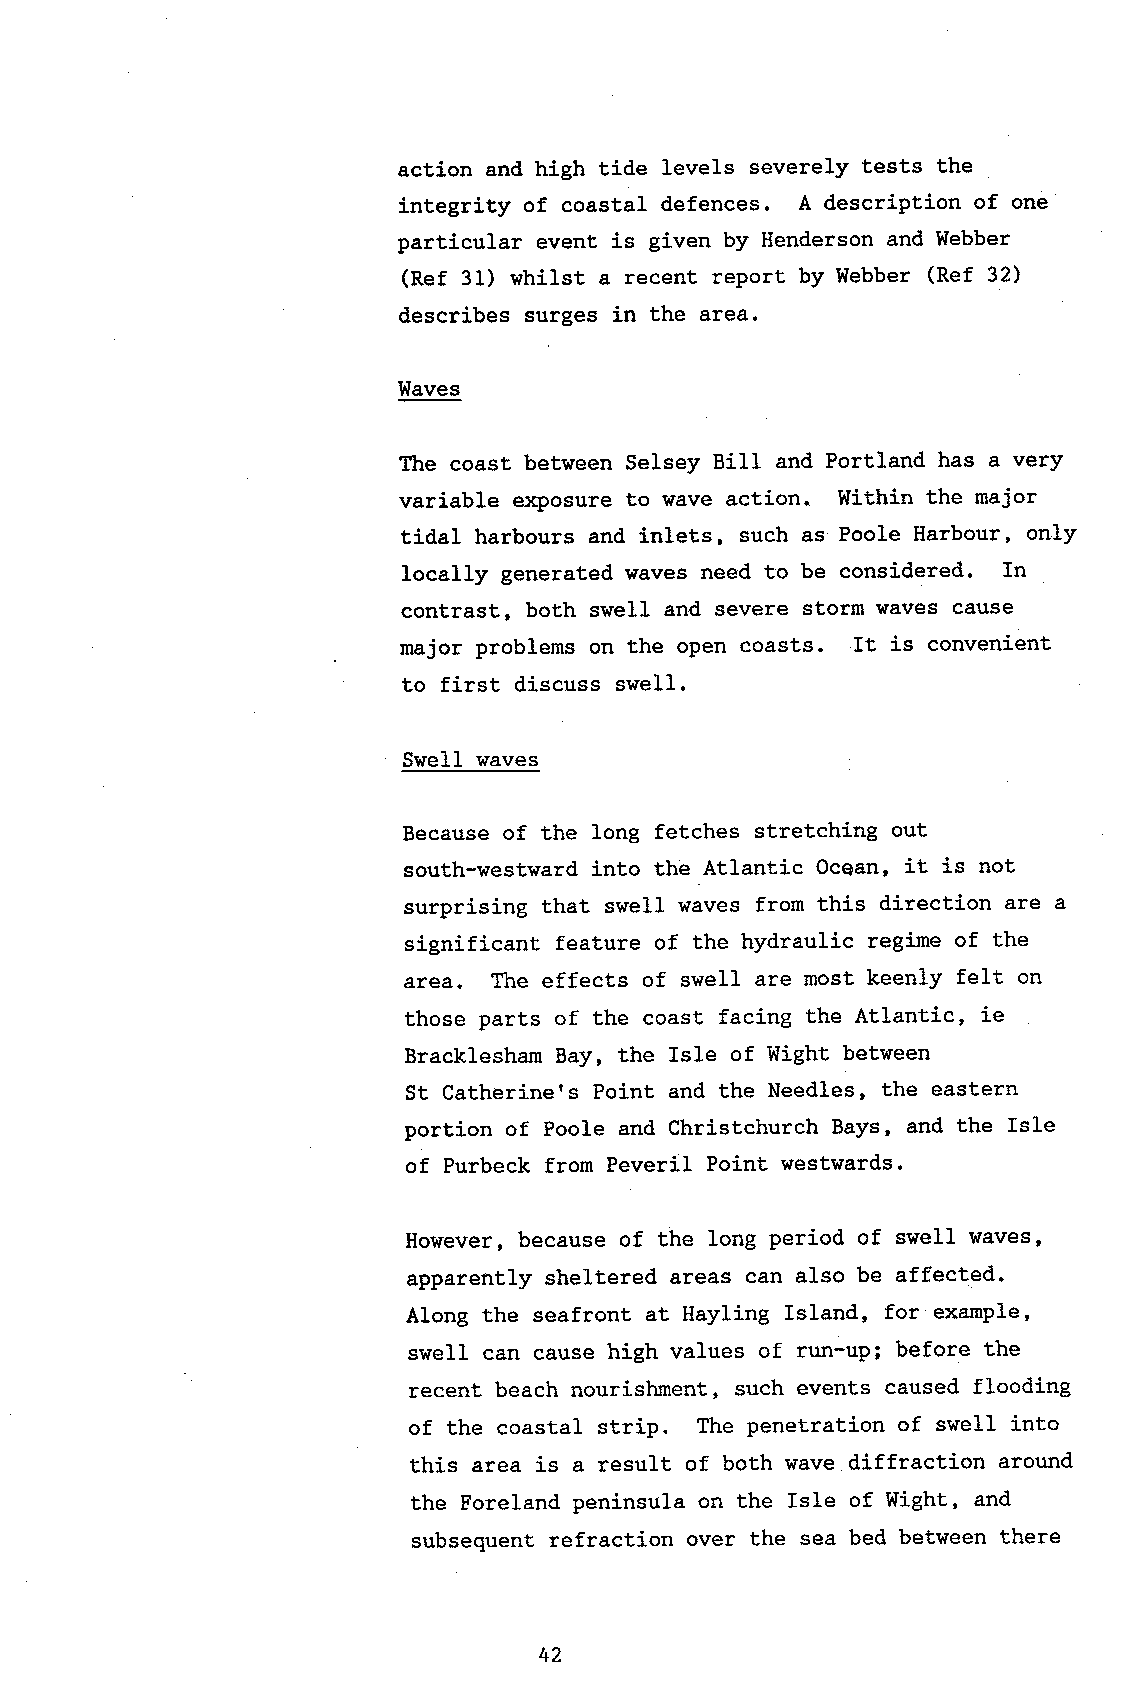
action and high tide leve1s severely tests the
 integrity of coastal defences. A description of one
 particular event is given by Henderson and Webber
 (Ref 31) whilst a recent report by Webber (Ref 32)
 describes surges in the area.
 Waves
 The coast between Selsey BilI and Portland has a very
 variable etq)osure to wave action. Within the major
 tidal harbours and inlets, such as Poole Harbour, only
 Iocally generated waves need to be considered. In
 contrast, both swe}l and severe storm waves cause
 major problems on the open coasts. It is convenient
 to first discuss swell.
 SwelL waves
 Because of the long fetches stretching out
 south-westward into the Atlantic Oceao, it is not
 surprising that swell waves from this direction are a
 significanL feature of the hydraulic regime of the
 area. The effects of swell are most keenly felt on
 those parts of the coast facing the Atlantic, ie
 Bracklesham Bay, the Isle of Wight between
 St Catherine's Point and the Needles, the eastern
 portion of Poole and Christchurch Bays, and the Isle
 of Purbeck from Peveril Point westwards.
 However, because of the long period of swe1l waves,
 apparently sheltered areas can also be affected.
 Along the seafront at Hayling Island, for example,
 swell can cause high values of run-up; before the
 recent beach nourishment, such events caused flooding
 of the coastal strip. The penetration of svell into
 this area is a result of both wave diffraction around
 the Foreland peninsula on the IsIe of Wight, and
 subseguent refraction over the sea bed between there
 42